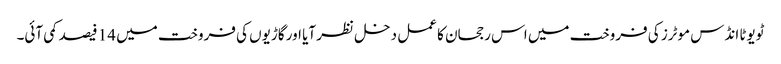
ٹویوٹا انڈس موٹرز کی فروخت میں اس رجحان کا عمل دخل نظر آیا اور گاڑیوں کی فروخت میں 14 فیصد کمی آئی۔